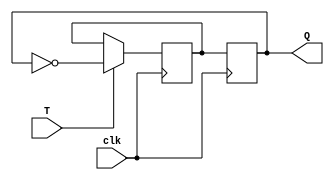
module T_latch (
    input wire T,
    input wire clk,
    output reg Q
);

reg D;

always @(posedge clk) begin
    if(T) begin
        D <= ~Q;
    end
end

always @(posedge clk) begin
    Q <= D;
end

endmodule